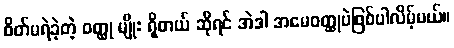
စိတ်မရဲခဲ့တဲ့ ဝတ္ထု မျိုး ရှိတယ် ဆိုရင် အဲဒါ အမေဝတ္ထုပဲဖြစ်ပါလိမ့်မယ်။